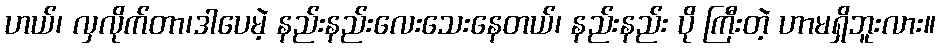
ဟယ်၊ လှလိုက်တာ၊ဒါပေမဲ့ နည်းနည်းလေးသေးနေတယ်၊ နည်းနည်း ပို ကြီးတဲ့ ဟာမရှိဘူးလား။